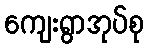
ကျေးရွာအုပ်စု